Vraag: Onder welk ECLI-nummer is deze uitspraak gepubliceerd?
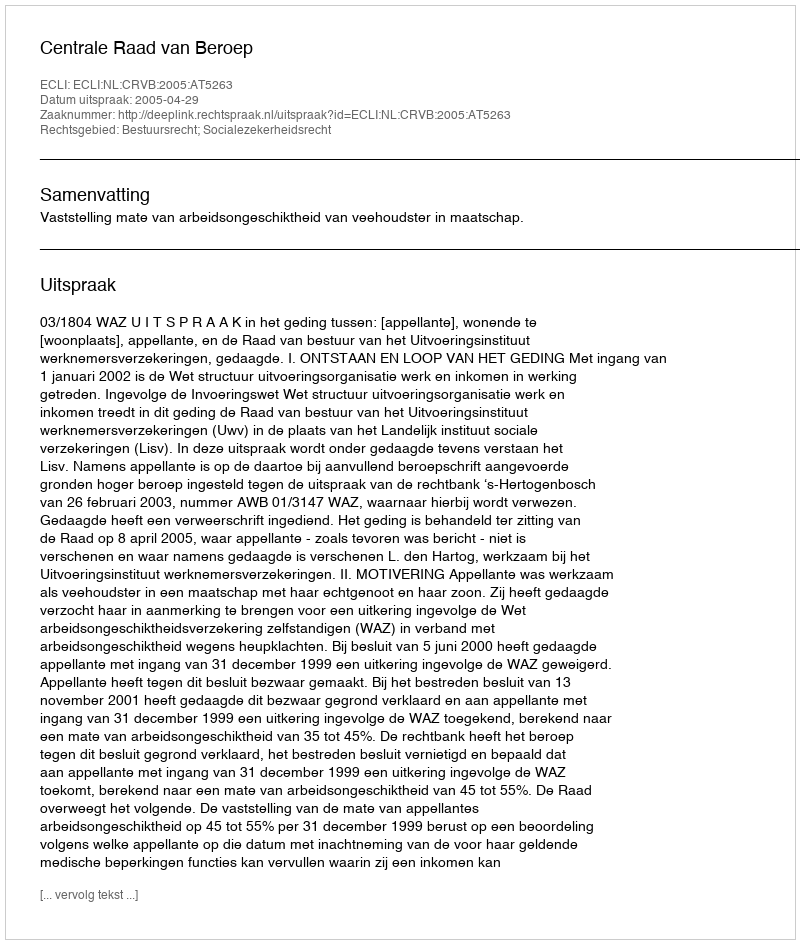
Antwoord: ECLI:NL:CRVB:2005:AT5263